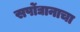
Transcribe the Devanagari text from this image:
सर्पोद्यानाचा